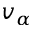
v _ { \alpha }